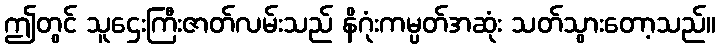
ဤတွင် သူဌေးကြီးဇာတ်လမ်းသည် နိဂုံးကမ္ပတ်အဆုံး သတ်သွားတော့သည်။